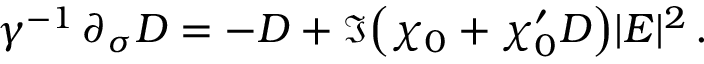
\gamma ^ { - 1 } \, \partial _ { \sigma } D = - D + \Im { \left( \chi _ { 0 } + \chi _ { 0 } ^ { \prime } D \right) } | E | ^ { 2 } \, .